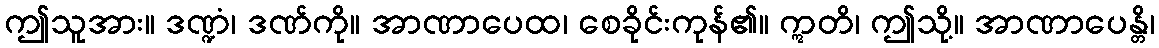
ဤသူအား။ ဒဏ္ဍံ၊ ဒဏ်ကို။ အာဏာပေထ၊ စေခိုင်းကုန်၏။ ဣတိ၊ ဤသို့။ အာဏာပေန္တိ၊